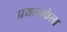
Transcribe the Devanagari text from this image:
प्रयत्नकेला